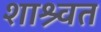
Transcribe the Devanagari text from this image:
शाश्र्वत